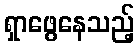
ရှာဖွေနေသည့်